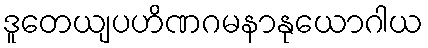
ဒူတေယျပဟိဏဂမနာနုယောဂါယ